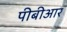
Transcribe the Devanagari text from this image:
पीबीआर